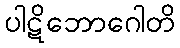
ပါဋိဘောဂေါတိ